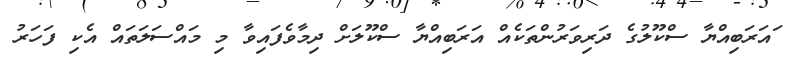
ައަރަބިއްޔާ ސްކޫލުގެ ދަރިވަރުންތަކެއް އަރަބިއްޔާ ސްކޫލަށް ދިމާވެފައިވާ މި މައްސަލަތައް އެކި ފަހަރު